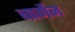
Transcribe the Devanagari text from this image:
बार्गेन